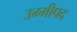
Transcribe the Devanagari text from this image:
उम्मीपद